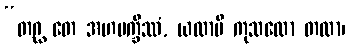
“တဂ္ဃ တေ အဟမက္ခိဿံ, ယထာပိ ကုသလော တထာ၊